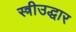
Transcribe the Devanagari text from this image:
स्त्रीउद्धार